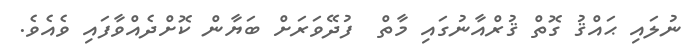
ނުލައި ޙައްޤު ގޮތް ޤުރްއާނުގައި މާތް  ފުދޭވަރަށް ބަޔާން ކޮށްދެއްވާފައި ވެއެވެ.